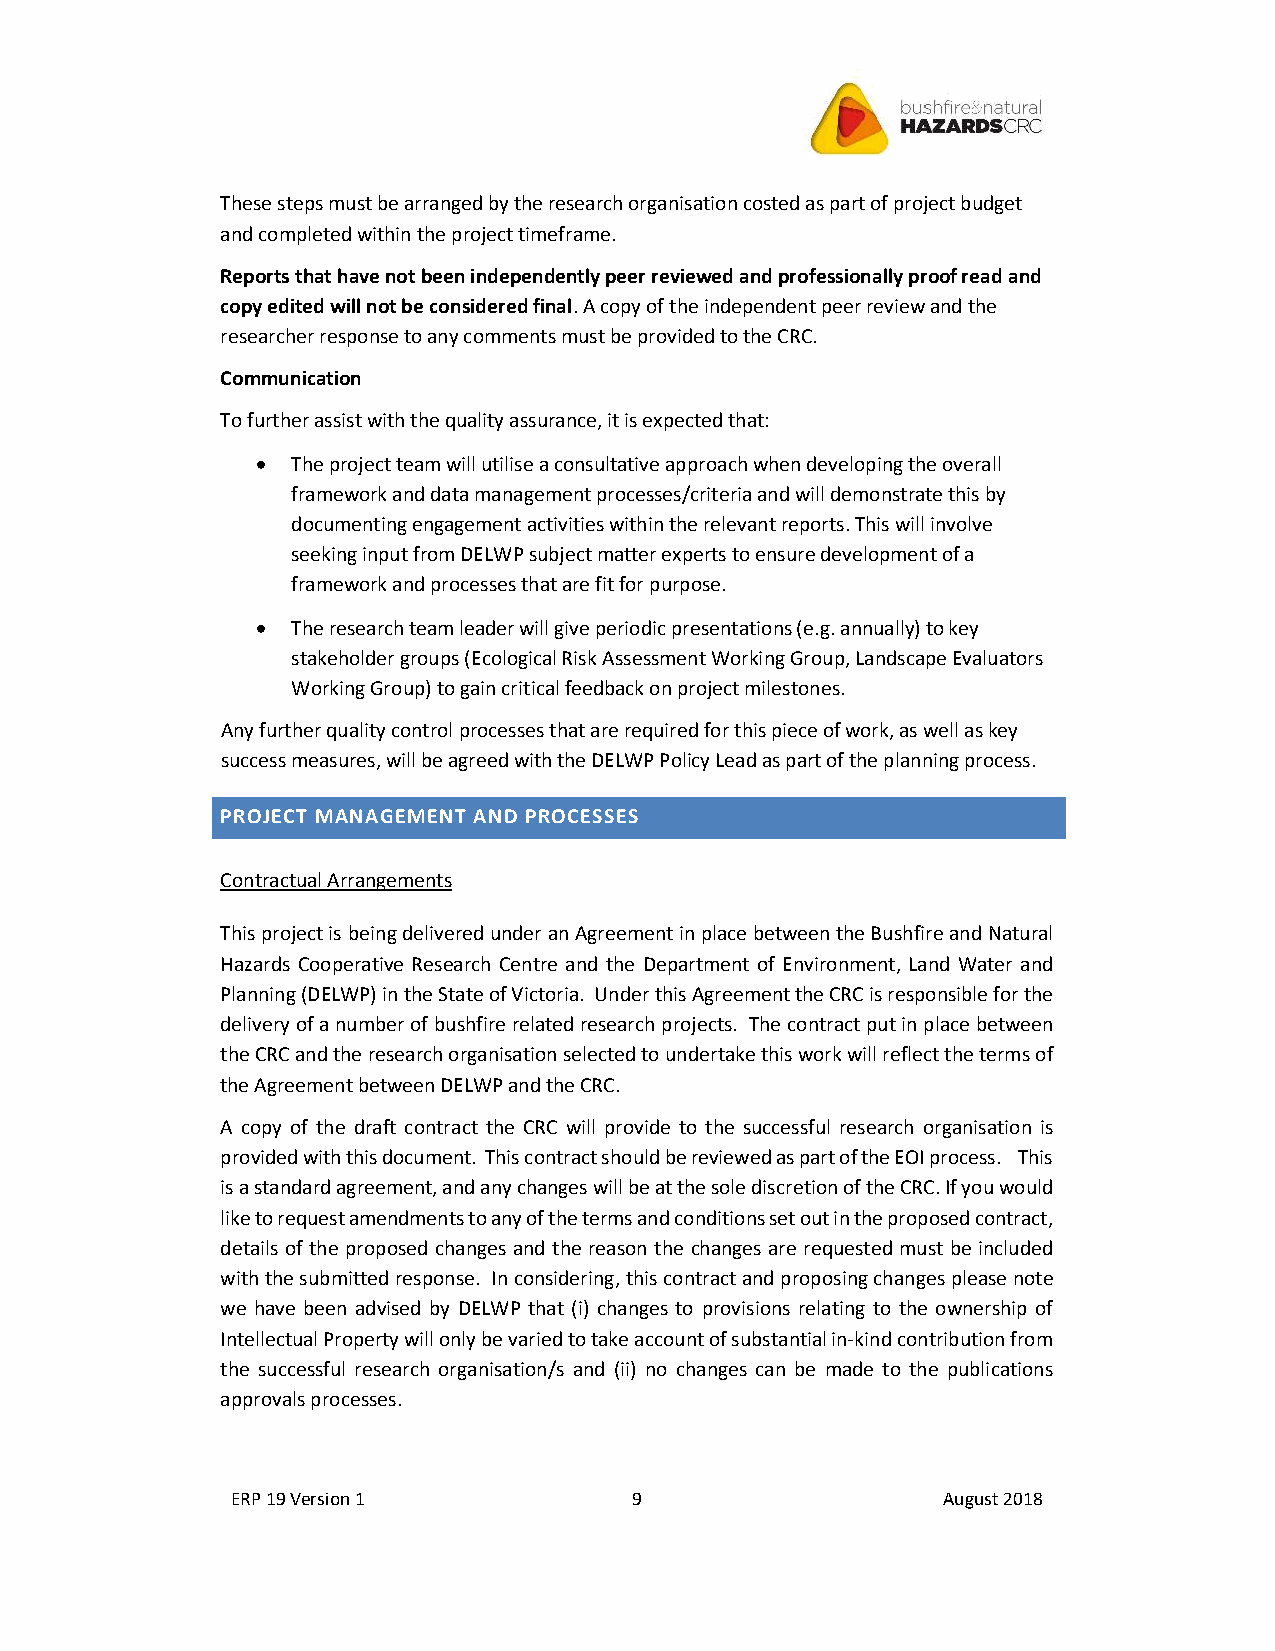
These steps must be arranged by the research organisation costed as part of project budget
 and completed within the project timeframe.
 Reports that have not been independently peer reviewed and professionally proof read and
 copy edited will not be considered final. A copy of the independent peer review and the
 researcher response to any comments must be provided to the CRC.
 Communication
 To further assist with the quality assurance, it is expected that:
 • The project team will utilise a consultative approach when developing the overall
 framework and data management processes/criteria and will demonstrate this by
 documenting engagement activities within the relevant reports. This will involve
 seeking input from DELWP subject matter experts to ensure development of a
 framework and processes that are fit for purpose.
 • The research team leader will give periodic presentations (e.g. annually) to key
 stakeholder groups (Ecological Risk Assessment Working Group, Landscape Evaluators
 Working Group) to gain critical feedback on project milestones.
 Any further quality control processes that are required for this piece of work, as well as key
 success measures, will be agreed with the DELWP Policy Lead as part of the planning process.
 PROJECT MANAGEMENT AND PROCESSES
 Contractual Arrangements
 This project is being delivered under an Agreement in place between the Bushfire and Natural
 Hazards Cooperative Research Centre and the Department of Environment, Land Water and
 Planning (DELWP) in the State of Victoria. Under this Agreement the CRC is responsible for the
 delivery of a number of bushfire related research projects. The contract put in place between
 the CRC and the research organisation selected to undertake this work will reflect the terms of
 the Agreement between DELWP and the CRC.
 A copy of the draft contract the CRC will provide to the successful research organisation is
 provided with this document. This contract should be reviewed as part of the EOI process. This
 is a standard agreement, and any changes will be at the sole discretion of the CRC. If you would
 like to request amendments to any of the terms and conditions set out in the proposed contract,
 details of the proposed changes and the reason the changes are requested must be included
 with the submitted response. In considering, this contract and proposing changes please note
 we have been advised by DELWP that (i) changes to provisions relating to the ownership of
 Intellectual Property will only be varied to take account of substantial in-kind contribution from
 the successful research organisation/s and (ii) no changes can be made to the publications
 approvals processes.
 ERP 19 Version 1           9                   August 2018